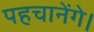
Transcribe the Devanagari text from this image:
पहचानेंगे।